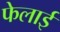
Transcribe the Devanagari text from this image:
फेलाई